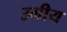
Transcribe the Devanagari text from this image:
उमीय